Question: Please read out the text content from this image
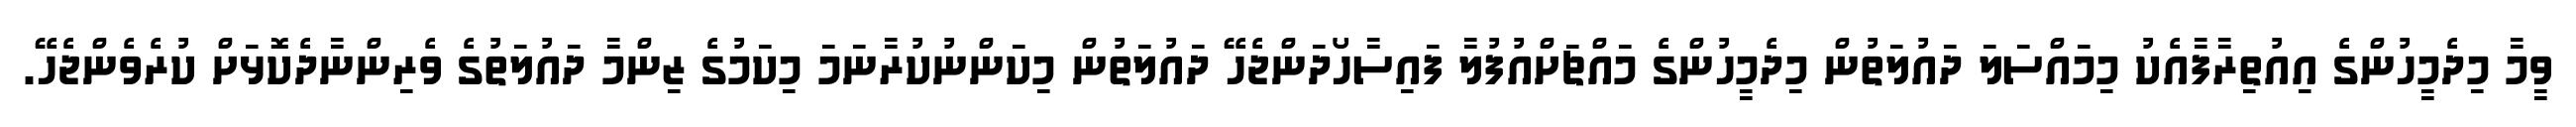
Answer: ވީމާ މިދެމީހުންގެ އިއުތިރާފާއެކު މިމައްސަލަ ދައުލަތުން މިދެމީހުންގެ މައްޗަށްއުފުލާ ފައިސާހޯދަންޖެހޭ ދައުލަތުން މިކަންނުކުރާނަމަ މިކަމުގެ ޒިންމާ ދައުލަތުގެ ވެރިންނާދެކޮޅަށް ކުރެވެންޖެހޭ.